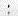
: